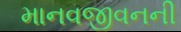
માનવજીવનની